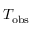
T _ { \mathrm { o b s } }